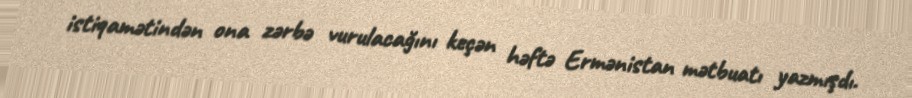
istiqamətindən ona zərbə vurulacağını keçən həftə Ermənistan mətbuatı yazmışdı.